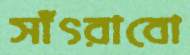
সাঁৎরাবো